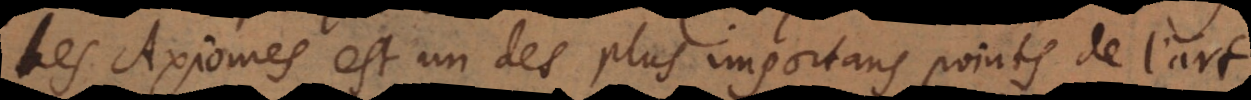
les Axiomes est un des plus importans points de l’art